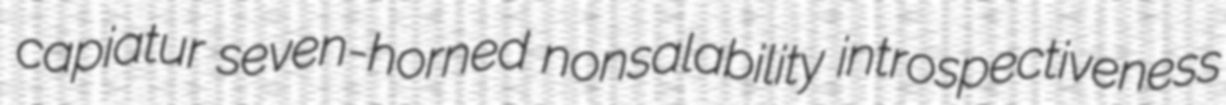
capiatur seven-horned nonsalability introspectiveness